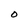
Character: O